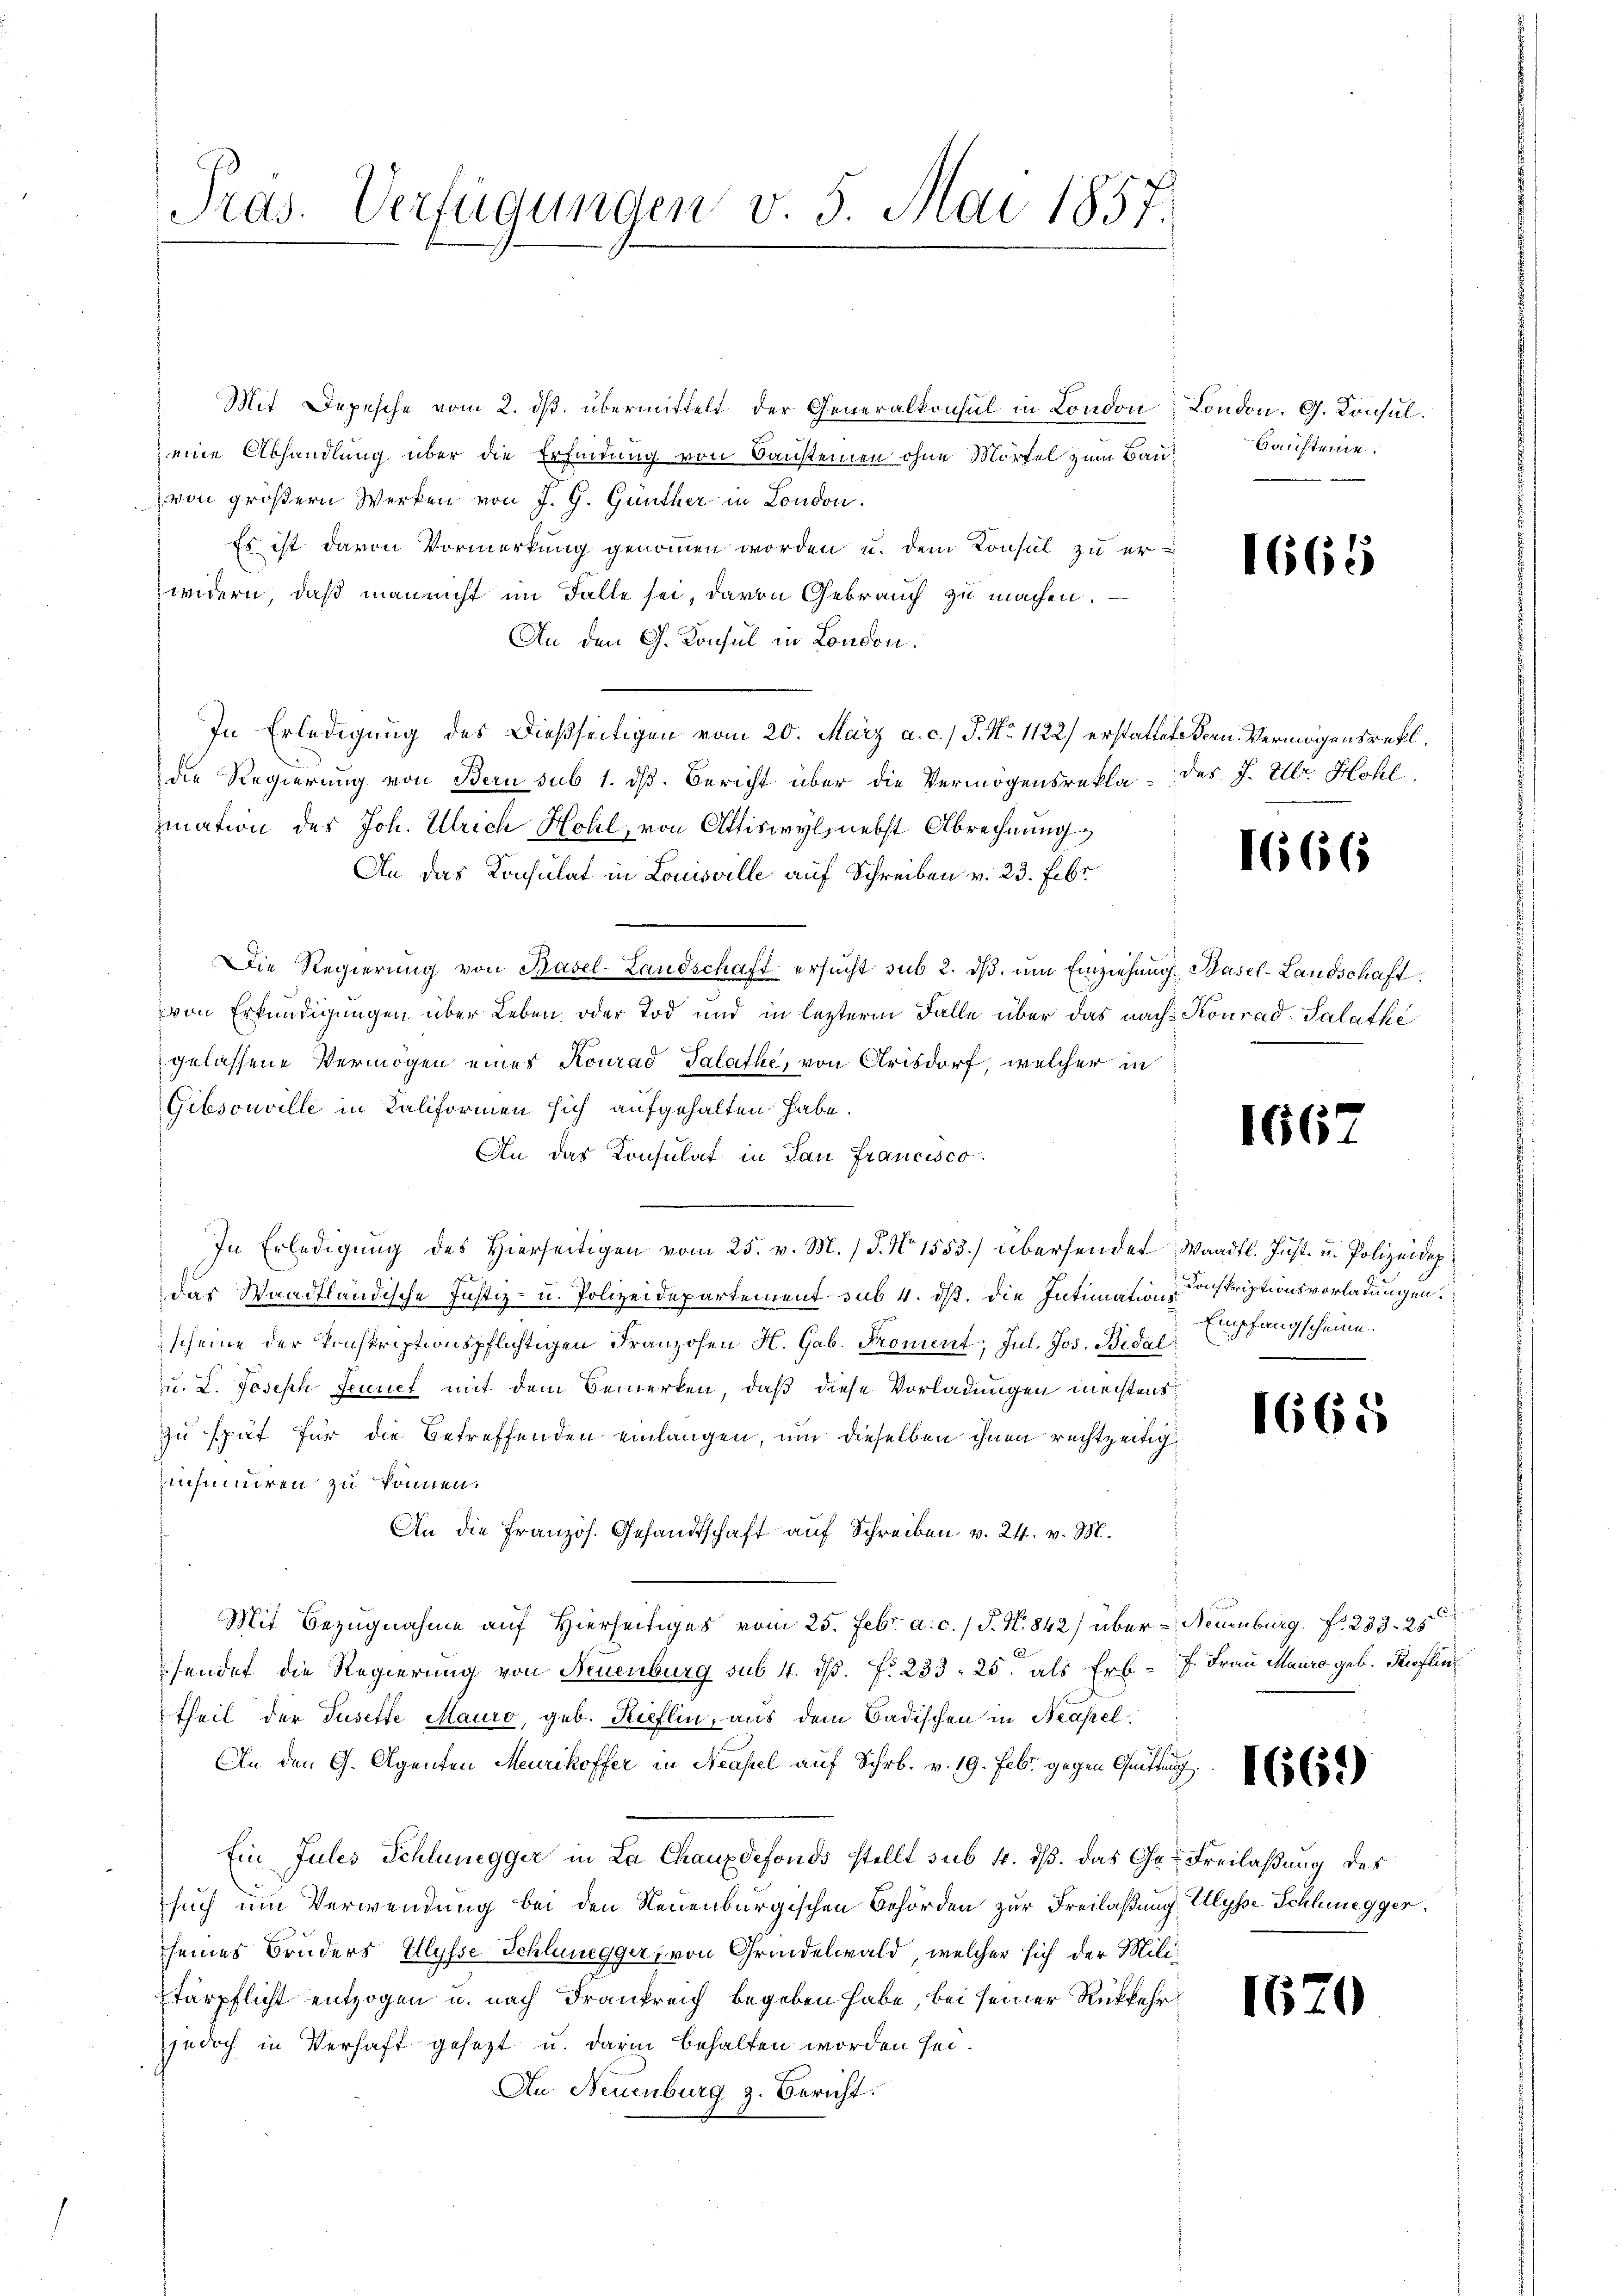
Pras. Verfügungen v. 5. Mai 1857.

Mit Depesche vom 2. dβ übermittelt der Generalkonsul in London London. G. Konsuleine Abhandlung über die Erfindung von Bausteinen ohne Mörfel zum Bauvon größern Werken von J. G. Günther in London.
Es ist davon Vormerkung genommen worden u. dem Konsul zu er-
widern, daß man nicht im Falle sei, davon Gebrauch zu machen.
An den G. Konsul in London.
In Erledigung des Dießseitigen vom 20. März a. c.) J. No 1122) erstattete Vern. Vermögensrekl
die Regierung von Bern sub 1. dß. Bericht über die Vermögensrekla des J. Ulr. Hohl
mation des Joh. Ulrich Hohl, von Attiswyl, nebst Abrechnung
An das Konsulat in Louisville auf Schreiben v. 23. Febr
Die Regierŭng von Basel-Landschaft ersŭcht sub 2. dβ ŭm Einziehung, Basel-Landschaft
von Erkundigungen über Leben oder Tod und in lezterm Falle über das nach Konrad Salathe
gelassene Vermögen eines Konrad Salathe, von Arisdorf, welcher in
Gibsouville in Kaliformen sich aufgehalten habe.
An das Konsulat in San Francisco
In Erledigŭng des hierseitigen vom 25. v. M. J. No 1553.) übersendet Waadt. Just u. Polizeidep
das Waadtländische Justiz- u. Polizeidepartement sub 4. dß. die Intimationsscheine der Konstriptionspflichtigen Franzosen H. Gab. Froment, Jul. Jos. Bidal
u. L. Joseph Fennet mit dem Bemerken, daß diese Vorladungen meistenszu spät für die Betreffenden einlangen, um dieselben ihnen rechtzeitigisimiren zu können.
An die Französ. Gesandtschaft auf Schreiben v. 24. v. M.
Mit Bezugnahme auf Hierseitiges vom 25. Febr. a. c. / P. N. 842) über - Neuenburg. f. 233. 25
sendet die Regierung von Feuenburg sub 4. ds. f. 233. 25. als Erb. J. Frau Maura geb. Reflein
theil der Tusette Mauro, geb. Kieflin, aus dem Badischen in Neapel.
An den G. Agenten Meurikoffer in Neapel auf Schr. v. 19. Febr. gegen Quittung
Ein Jules Schlunegger in La Chauxdefonds stellt sub 4. ds. das Gr. Freilaßung des
such um Verwendung bei den Neuenburgischen Behörden zur Freilaßung Ulysse Schlenegger,
seines Bruders Illysse Schlunegger, von Grindelwald, welcher sich der Militärpflicht entzogen u. nach Frankreich begeben habe, bei seiner Rückkehr
jedoch in Verhaft gesezt u. darin behalten worden sei.
Au Neuenburg z. Bericht.

Bausteine

1665

1666

1667

Konskriptionsvorladungen.
Empfangscheine.

1665

1669

1670